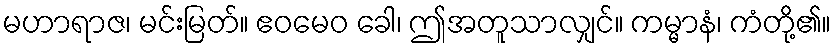
မဟာရာဇ၊ မင်းမြတ်။ ဧဝမေဝ ခေါ၊ ဤအတူသာလျှင်။ ကမ္မာနံ၊ ကံတို့၏။